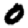
Digit: 0